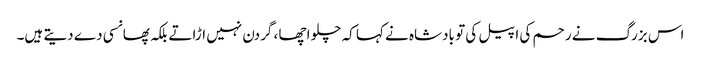
اس بزرگ نے رحم کی اپیل کی تو بادشاہ نے کہا کہ چلو اچھا ، گردن نہیں اڑاتے بلکہ پھانسی دے دیتے ہیں۔